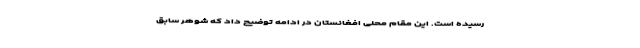
رسیده است. این مقام محلی افغانستان در ادامه توضیح داد که شوهر سابق